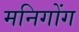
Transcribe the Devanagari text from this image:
मनिगोंग